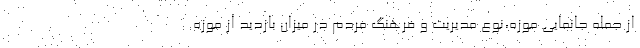
از جمله جانمایی موزه،نوع مدیریت و فرهنگ مردم در میزان بازدید از موزه